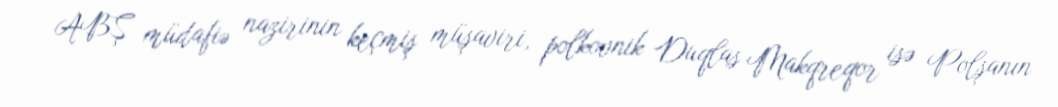
ABŞ müdafiə nazirinin keçmiş müşaviri, polkovnik Duqlas Makqreqor isə Polşanın